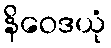
နိဝေဒယုံ